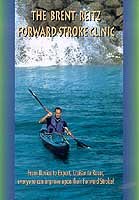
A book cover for The Brent Reitz Forward Stroke Clinic Sea Kayaking DVD; Sports & Outdoors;